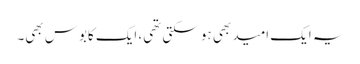
یہ ایک امید بھی ہو سکتی تھی، ایک کابوس بھی۔